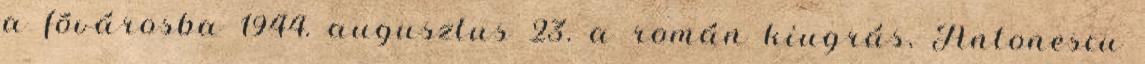
a fõvárosba 1944. augusztus 23. a román kiugrás, Antonescu